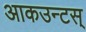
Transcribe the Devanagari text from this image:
आकउन्टस्